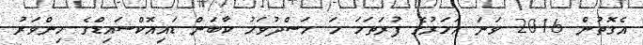
އެގޮތުން 2016 ވަނަ އަހަރުގެ ފުރަތަމަ ހަ މަސްދުވަހު ކާބަން ޑައިއޮކްސައިޑްގެ މިންވަރު